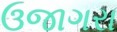
ઉજાગરા